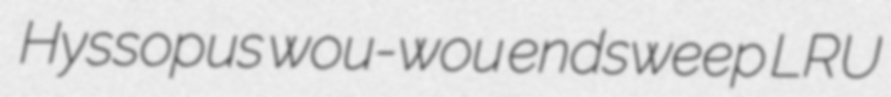
Hyssopus wou-wou endsweep LRU